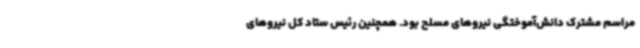
مراسم مشترک دانش‌آموختگی نیروهای مسلح بود. همچنین رئیس ستاد کل نیروهای